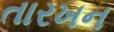
તારખન